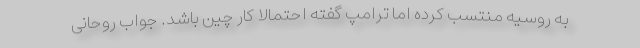
به روسیه منتسب کرده اما ترامپ گفته احتمالا کار چین باشد. جواب روحانی